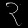
Digit: ၃